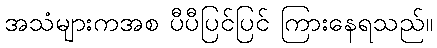
အသံများကအစ ပီပီပြင်ပြင် ကြားနေရသည်။